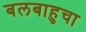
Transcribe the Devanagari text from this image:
बलबाहुचा